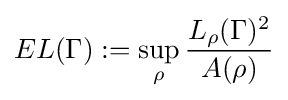
EL(\Gamma ):=\sup _{\rho }{\frac {L_{\rho }(\Gamma )^{2}}{A(\rho )}}